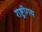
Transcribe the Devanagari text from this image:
राष्ट्रीगय